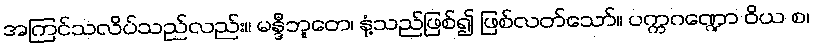
အကြင်သလိပ်သည်လည်း။ မန္ဒီဘူတေ၊ နုံ့သည်ဖြစ်၍ ဖြစ်လတ်သော်။ ပက္ကဂဏ္ဍော ဝိယ စ၊